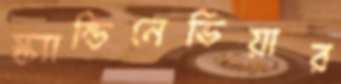
স্ক্যান্ডিনেভিয়ার